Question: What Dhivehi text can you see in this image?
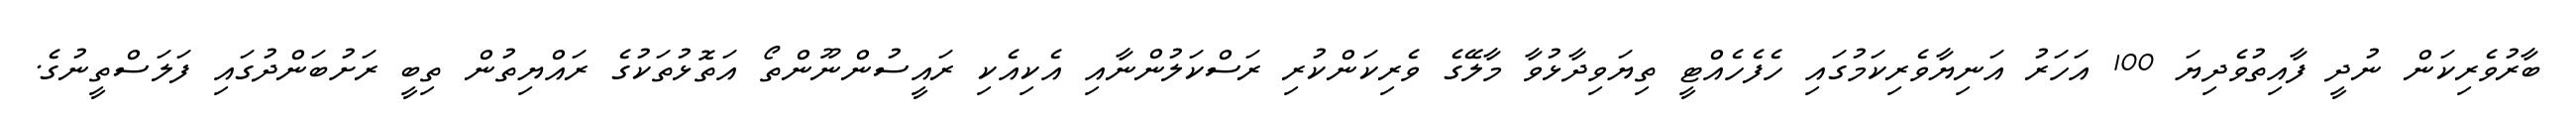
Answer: ބާރުވެރިކަން ނުދީ ފާއިތުވެދިޔަ 100 އަހަރު އަނިޔާވެރިކަމުގައި ހެފެހެއްޓީ ތިޔަވިދާޅުވާ މާލޭގެ ވެރިކަންކުރި ރަސްކަލުންނާއި އެކިއެކި ރައީސުންނޫންތޯ އަތޮޅުތަކުގެ ރައްޔިތުން ތިބީ ރަށުބަންދުގައި ފަލަސްތީނުގެ.